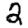
Digit: 2